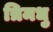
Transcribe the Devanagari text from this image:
त्रिमधु